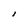
Character: l